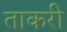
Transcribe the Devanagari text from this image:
ताकरी